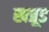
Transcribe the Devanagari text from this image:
खत्रूड